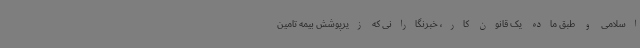
اسلامی و طبق ماده یک قانون کار، خبرنگارانی که زیرپوشش بیمه تامین